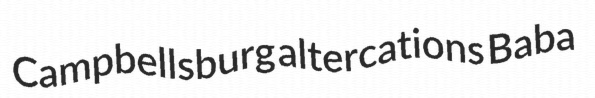
Campbellsburg altercations Baba